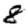
Digit: 8